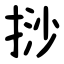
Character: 挱